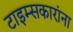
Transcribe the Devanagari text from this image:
टाइम्सकारांना